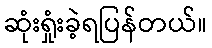
ဆုံးရှုံးခဲ့ရပြန်တယ်။